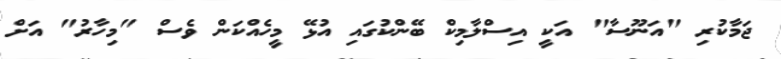
ޖަމާކުރި "އަނޫސާ" އަކީ އިސްލާމިކް ބޭންކުގައި އުޅޭ މީހެއްކަން ވެސް "މިހާރު" އަށް